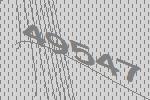
49547